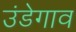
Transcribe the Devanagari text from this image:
उंडेगाव